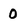
Character: 0